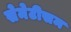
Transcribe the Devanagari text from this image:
सेमेटीसम